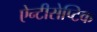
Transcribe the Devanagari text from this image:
ऐन्टीसेप्टिक